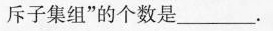
斥子集组”的个数是___.